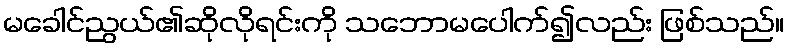
မခေါင်ညွယ်၏ဆိုလိုရင်းကို သဘောမပေါက်၍လည်း ဖြစ်သည်။